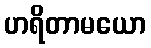
ဟရိတာမယော